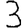
Digit: 3